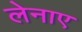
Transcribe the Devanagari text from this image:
लेनाए